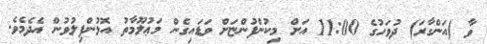
ވާ (އަންގާރަ) ދުވަހުގެ 11:00 އަށް މިކުންފުންޏަށް ވަޑައިގެން މަޢުލޫމާތު އޮޅުންފިލުވުން އެދެމެވެ.